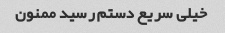
خیلی سریع دستم رسید ممنون